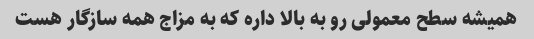
همیشه سطح معمولی رو به بالا داره که به مزاج همه سازگار هست